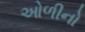
ઓળીનો